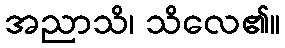
အညာသိ၊ သိလေ၏။